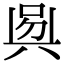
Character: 𠶵